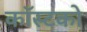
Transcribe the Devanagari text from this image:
कॉस्टको